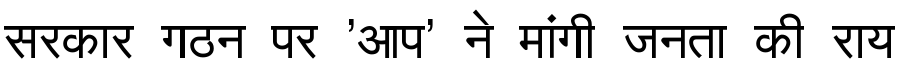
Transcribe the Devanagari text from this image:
सरकार गठन पर 'आप' ने मांगी जनता की राय